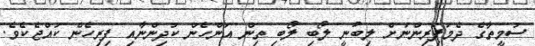
ސުމީތާގެ ދެމަފަިރިންނަށް ލިބުނީ ލޯބި ލޯބި ތިން އަންހެން ކުދިންނާއި ފިރިހެން ކުއްޖެކެވެ.